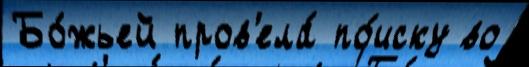
Бо́жьей пров'ела́ по́иску во